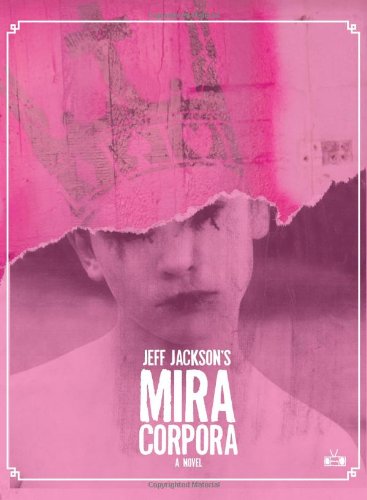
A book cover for Mira Corpora; Jeff Jackson; Science Fiction & Fantasy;